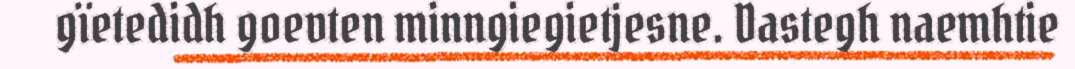
gïetedidh goevten minngiegietjesne. Dastegh naemhtie